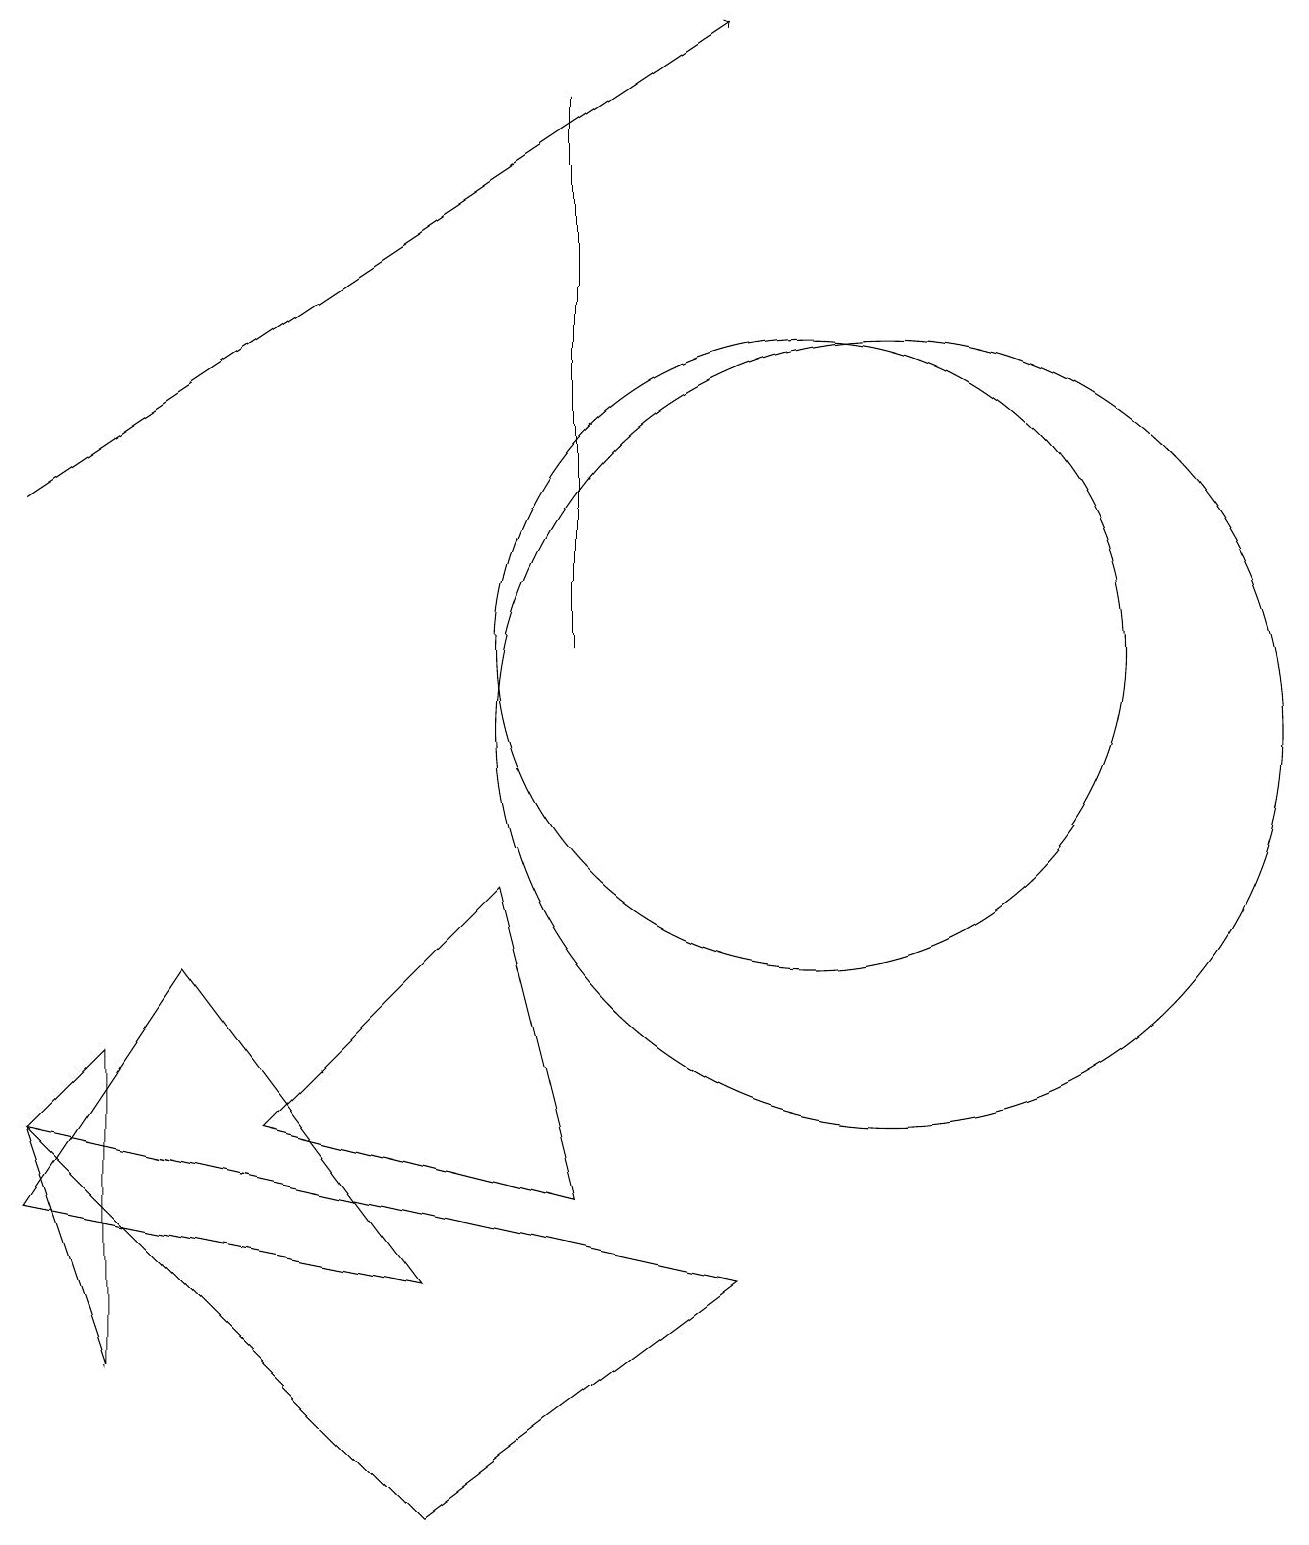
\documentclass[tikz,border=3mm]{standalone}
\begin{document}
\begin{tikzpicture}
\draw (7,11) rectangle (7,18);
\draw (0,4) -- (2,7) -- (5,3) -- cycle;
\draw (0,5) -- (9,3) -- (5,0) -- cycle;
\draw (11,10) circle (5);
\draw[->] (0,13) -- (9,19);
\draw (1,6) -- (0,5) -- (1,2) -- cycle;
\draw (10,11) circle (4);
\draw (7,4) -- (3,5) -- (6,8) -- cycle;
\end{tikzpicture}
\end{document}